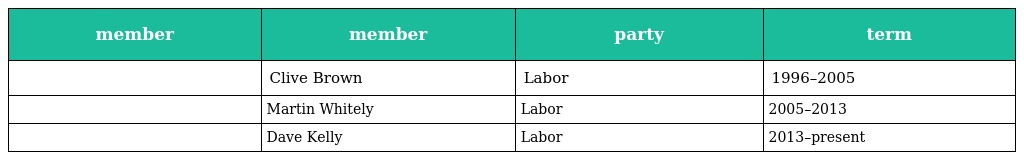
| member | member | party | term |
 | --- | --- | --- | --- |
 |  | Clive Brown | Labor | 1996–2005 |
 |  | Martin Whitely | Labor | 2005–2013 |
 |  | Dave Kelly | Labor | 2013–present |